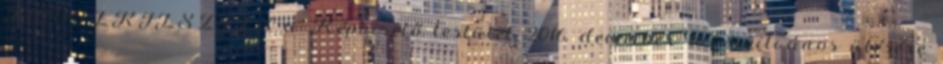
ELŐTERJESZTÉS a Képviselő testület 2016. december 16-i nyilvános ülésére